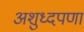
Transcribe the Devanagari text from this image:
अशुध्दपणा